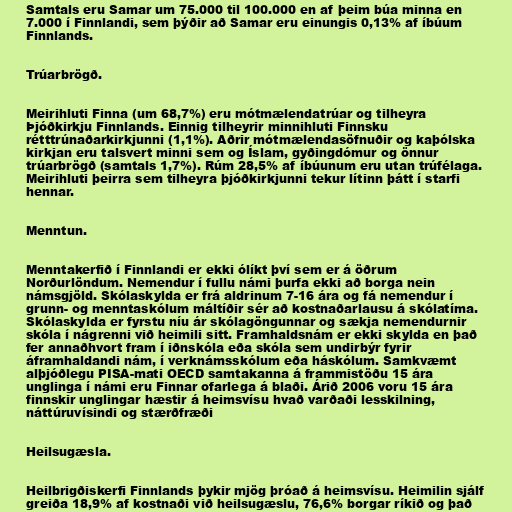
Samtals eru Samar um 75.000 til 100.000 en af þeim búa minna en
7.000 í Finnlandi, sem þýðir að Samar eru einungis 0,13% af íbúum
Finnlands.

Trúarbrögð.

Meirihluti Finna (um 68,7%) eru mótmælendatrúar og tilheyra
Þjóðkirkju Finnlands. Einnig tilheyrir minnihluti Finnsku
rétttrúnaðarkirkjunni (1,1%). Aðrir mótmælendasöfnuðir og kaþólska
kirkjan eru talsvert minni sem og Íslam, gyðingdómur og önnur
trúarbrögð (samtals 1,7%). Rúm 28,5% af íbúunum eru utan trúfélaga.
Meirihluti þeirra sem tilheyra þjóðkirkjunni tekur lítinn þátt í starfi
hennar.

Menntun.

Menntakerfið í Finnlandi er ekki ólíkt því sem er á öðrum
Norðurlöndum. Nemendur í fullu námi þurfa ekki að borga nein
námsgjöld. Skólaskylda er frá aldrinum 7-16 ára og fá nemendur í
grunn- og menntaskólum máltíðir sér að kostnaðarlausu á skólatíma.
Skólaskylda er fyrstu níu ár skólagöngunnar og sækja nemendurnir
skóla í nágrenni við heimili sitt. Framhaldsnám er ekki skylda en það
fer annaðhvort fram í iðnskóla eða skóla sem undirbýr fyrir
áframhaldandi nám, í verknámsskólum eða háskólum. Samkvæmt
alþjóðlegu PISA-mati OECD samtakanna á frammistöðu 15 ára
unglinga í námi eru Finnar ofarlega á blaði. Árið 2006 voru 15 ára
finnskir unglingar hæstir á heimsvísu hvað varðaði lesskilning,
náttúruvísindi og stærðfræði

Heilsugæsla.

Heilbrigðiskerfi Finnlands þykir mjög þróað á heimsvísu. Heimilin sjálf
greiða 18,9% af kostnaði við heilsugæslu, 76,6% borgar ríkið og það